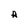
Character: A